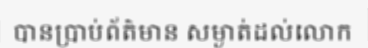
បានប្រាប់ព័ត៌មាន សម្ងាត់ដល់លោក